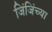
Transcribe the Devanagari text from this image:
जिंजिंच्या